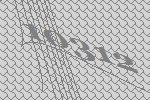
10312